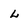
Character: L